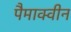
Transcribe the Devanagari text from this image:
पैमाक्वीन